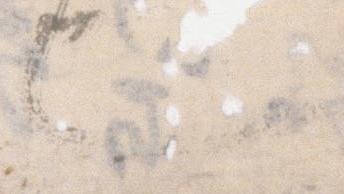
也